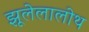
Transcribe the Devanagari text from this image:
झूलेलालोथ